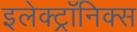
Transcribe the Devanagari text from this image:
इलेक्ट्रॉनिक्स